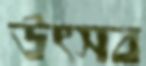
উৎসব